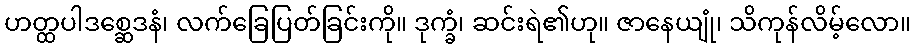
ဟတ္ထပါဒစ္ဆေဒနံ၊ လက်ခြေပြတ်ခြင်းကို။ ဒုက္ခံ၊ ဆင်းရဲ၏ဟု။ ဇာနေယျုံ၊ သိကုန်လိမ့်လော။